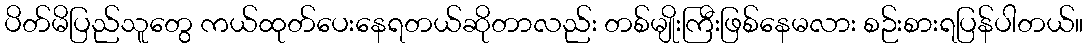
ပိတ်မိပြည်သူတွေ ကယ်ထုတ်ပေးနေရတယ်ဆိုတာလည်း တစ်မျိုးကြီးဖြစ်နေမလား စဉ်းစားရပြန်ပါတယ်။